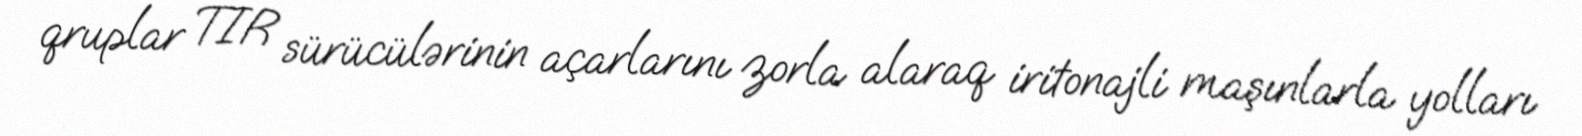
qruplar TIR sürücülərinin açarlarını zorla alaraq iritonajli maşınlarla yolları